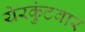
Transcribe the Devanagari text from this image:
येरकुंटवार